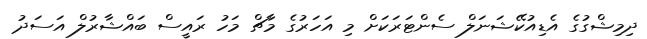
ދިމިޝްގުގެ އެޑިއުކޭޝަނަލް ސެންޓަރަކަށް މި އަހަރުގެ މާޗް މަހު ރައީސް ބައްޝާރުލް އަސަދު